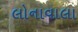
લોનાવાલા